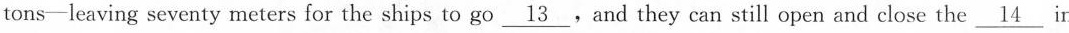
tons-leaving seventy meters for the ships to go \nuderline{13}.And they can still open and close the \nuderline{14} ir